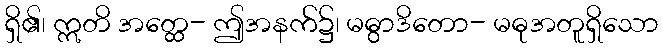
ရှိ၏၊ ဣတိ အတ္ထေ- ဤအနက်၌၊ မဓွာဒိတော- မဓုအတူရှိသော